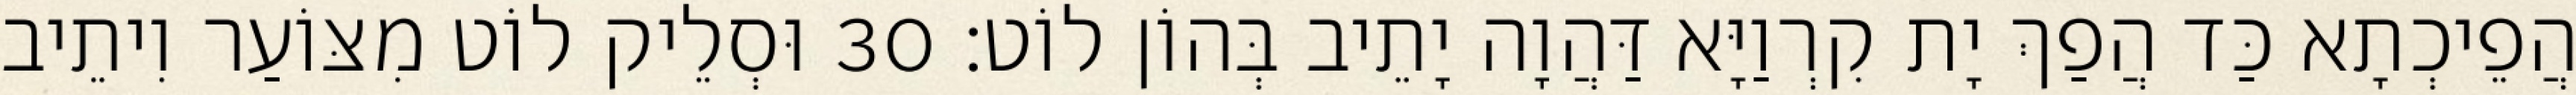
הֲפֵיכְתָא כַּד הֲפַךְ יָת קִרְוַיָּא דַּהֲוָה יָתֵיב בְּהוֹן לוֹט׃ 30 וּסְלֵיק לוֹט מִצּוֹעַר וִיתֵיב